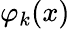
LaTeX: \varphi_{k}(x)